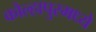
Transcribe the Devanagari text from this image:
कोल्हापुरमध्ये